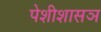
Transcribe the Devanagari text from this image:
पेशीशासञ